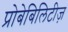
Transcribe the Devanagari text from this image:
प्रोबेबिलिटीज़